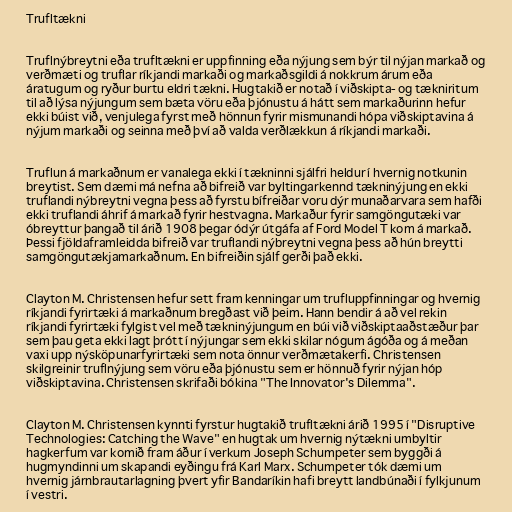
Trufltækni

Truflnýbreytni eða trufltækni er uppfinning eða nýjung sem býr til nýjan markað og
verðmæti og truflar ríkjandi markaði og markaðsgildi á nokkrum árum eða
áratugum og ryður burtu eldri tækni. Hugtakið er notað í viðskipta- og tækniritum
til að lýsa nýjungum sem bæta vöru eða þjónustu á hátt sem markaðurinn hefur
ekki búist við, venjulega fyrst með hönnun fyrir mismunandi hópa viðskiptavina á
nýjum markaði og seinna með því að valda verðlækkun á ríkjandi markaði.

Truflun á markaðnum er vanalega ekki í tækninni sjálfri heldur í hvernig notkunin
breytist. Sem dæmi má nefna að bifreið var byltingarkennd tækninýjung en ekki
truflandi nýbreytni vegna þess að fyrstu bífreiðar voru dýr munaðarvara sem hafði
ekki truflandi áhrif á markað fyrir hestvagna. Markaður fyrir samgöngutæki var
óbreyttur þangað til árið 1908 þegar ódýr útgáfa af Ford Model T kom á markað.
Þessi fjöldaframleidda bifreið var truflandi nýbreytni vegna þess að hún breytti
samgöngutækjamarkaðnum. En bifreiðin sjálf gerði það ekki.

Clayton M. Christensen hefur sett fram kenningar um trufluppfinningar og hvernig
ríkjandi fyrirtæki á markaðnum bregðast við þeim. Hann bendir á að vel rekin
ríkjandi fyrirtæki fylgist vel með tækninýjungum en búi við viðskiptaaðstæður þar
sem þau geta ekki lagt þrótt í nýjungar sem ekki skilar nógum ágóða og á meðan
vaxi upp nýsköpunarfyrirtæki sem nota önnur verðmætakerfi. Christensen
skilgreinir truflnýjung sem vöru eða þjónustu sem er hönnuð fyrir nýjan hóp
viðskiptavina. Christensen skrifaði bókina "The Innovator's Dilemma".

Clayton M. Christensen kynnti fyrstur hugtakið trufltækni árið 1995 í "Disruptive
Technologies: Catching the Wave" en hugtak um hvernig nýtækni umbyltir
hagkerfum var komið fram áður í verkum Joseph Schumpeter sem byggði á
hugmyndinni um skapandi eyðingu frá Karl Marx. Schumpeter tók dæmi um
hvernig járnbrautarlagning þvert yfir Bandaríkin hafi breytt landbúnaði í fylkjunum
í vestri.